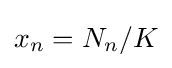
x_{n}=N_{n}/K